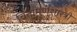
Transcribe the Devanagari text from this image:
चिंतामणशास्त्री